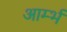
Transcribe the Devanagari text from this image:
आर्म्भ